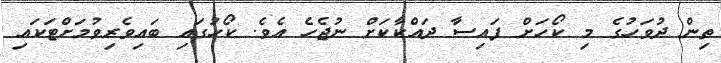
ތިން ދުވަހުގެ މި ކޯހަށް ފައިސާ ދައްކާކަށް ނުޖެހެ އެވެ. ކޯހުގައި ބައިވެރިވުމަށްޓަކައި